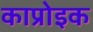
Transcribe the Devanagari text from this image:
काप्रोइक